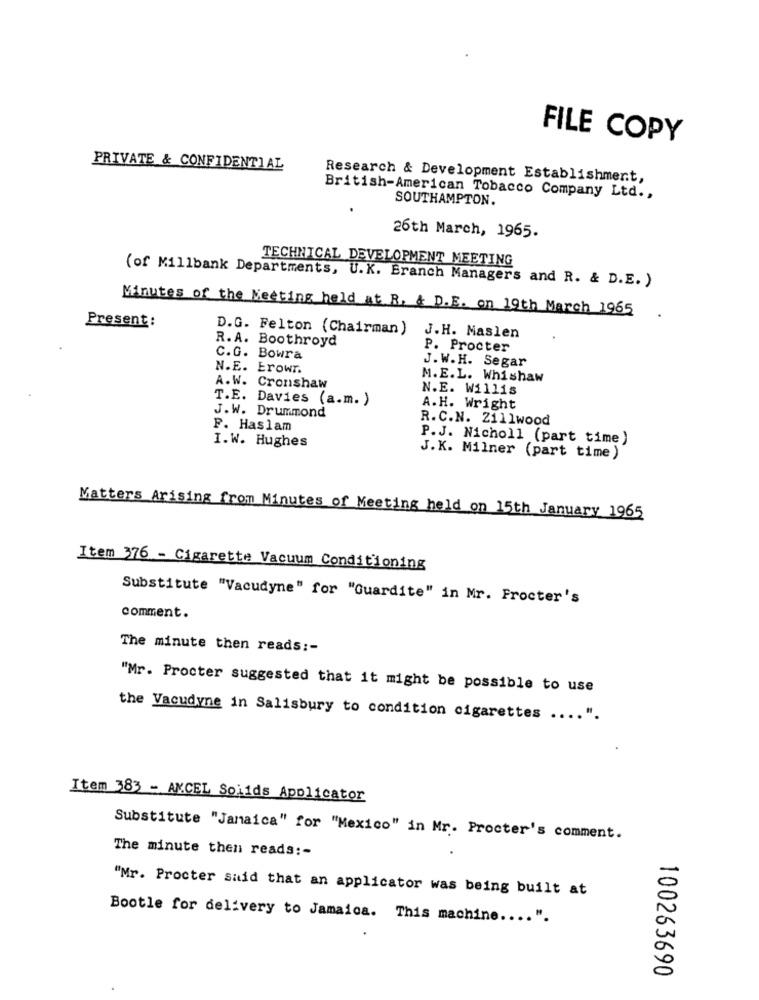
FILE COPY
PRIVATE & CONFIDENTIAL
Research & Development Establishment,
British-American Tobacco Company Ltd .,
SOUTHAMPTON.
26th March, 1965.
TECHNICAL DEVELOPMENT MEETING
(of Millbank Departments, U.K. Branch Managers and R. & D.E. )
Minutes of the Meeting held at R. & D.E. on 19th March 1965
Present:
D.G. Felton (Chairman)
R. A. Boothroyd
J.H. Maslen
P. Procter
C.G. Bowra
J.W.H. Segar
N.E. Erowr.
M.E.L. Whishaw
A.W. Cronshaw
N.E. Willis
T.E. Davies (a.m. )
A.H. Wright
J.W. Drummond
R.C.N. Zillwood
F. Haslam
I.W. Hughes
P.J. Nicholl (part time)
J.K. Milner (part time)
Matters Arising from Minutes of Meeting held on 15th January 1965
Item 376 - Cigarette Vacuum Conditioning
Substitute "Vacudyne" for "Guardite" in Mr. Frocter's
comment.
The minute then reads :-
"Mr. Procter suggested that it might be possible to use
the Vacudyne in Salisbury to condition cigarettes .... ".
Item 383 - ANCEL Solids Applicator
Substitute "Jamaica" for "Mexico" in Mr. Procter's comment.
The minute then reads :-
"Mr. Procter said that an applicator was being built at
Bootle for delivery to Jamaica. This machine .... ".
100263690